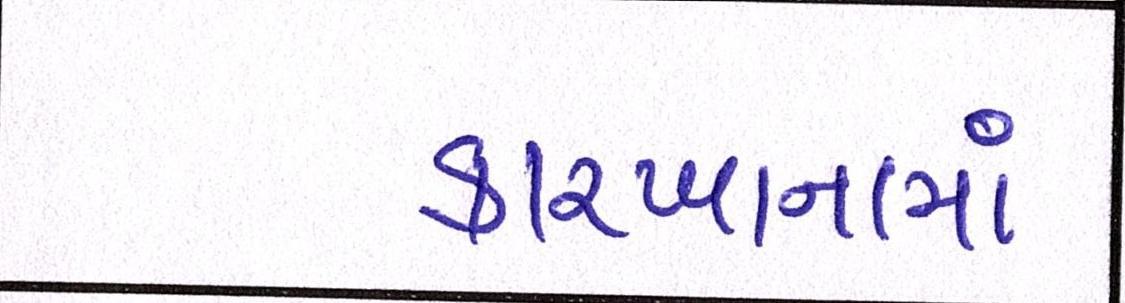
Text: કારખાનામાં